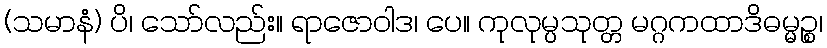
(သမာနံ) ပိ၊ သော်လည်း။ ရာဇောဝါဒ၊ ပေ။ ကုလုမ္ပသုတ္တ မဂ္ဂကထာဒိဓမ္မဉ္စ၊